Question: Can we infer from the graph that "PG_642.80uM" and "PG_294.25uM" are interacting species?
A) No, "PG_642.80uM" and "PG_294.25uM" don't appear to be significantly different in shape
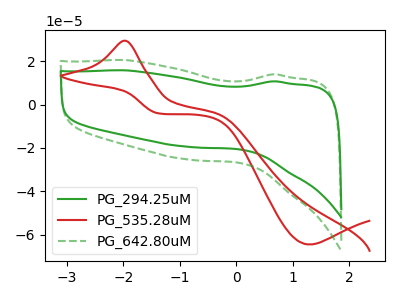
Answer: <think>The green curve "PG_294.25uM" has no peaks. The red curve "PG_535.28uM" has an anodic peak at (-1.95V, 29.40uA) and a cathodic peak at (1.30V, -64.50uA). The green dashed curve "PG_642.80uM" has no peaks.
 Neither "PG_642.80uM" or "PG_294.25uM" have any peaks.</think>
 <answer>A) No, "PG_642.80uM" and "PG_294.25uM" don't appear to be significantly different in shape</answer>
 <eval>A</eval>